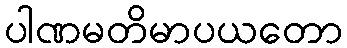
ပါဏမတိမာပယတော